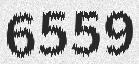
6559